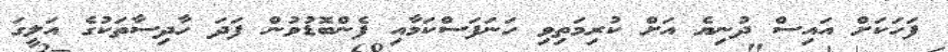
ފަހަކަށް އައިސް ދުނިޔެ އަށް ކުރިމަތިވި ހަނަފަސްކަމާއި ފެންބޮޑުވުން ފަދަ ހާދިސާތަކުގެ އަލީގަ